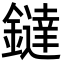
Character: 鐽